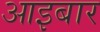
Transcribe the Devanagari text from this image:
आइबार